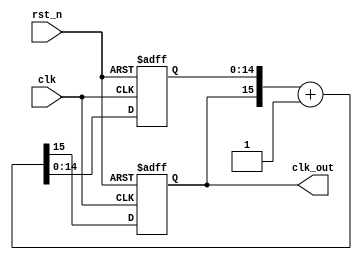
`timescale 1ns / 1ps
//////////////////////////////////////////////////////////////////////////////////
// Company: 
// Engineer: 
// 
// Design Name: 
// Module Name: freq_div
// Project Name: 
// Target Devices: 
// Tool Versions: 
// Description: 
// 
// Dependencies: 
// 
// Revision:
// Revision 0.01 - File Created
// Additional Comments:
// 
//////////////////////////////////////////////////////////////////////////////////


module freq_div(
input clk,
    input rst_n,
    output reg clk_out
    );
    reg [14:0] q;
    reg [15:0] q_next;
    
     always @*
        q_next = {clk_out, q} + 1'b1;
    always @(posedge clk or negedge rst_n)
        if(~rst_n) {clk_out, q} <=16'd0;
        else {clk_out, q} <= q_next;
    
    
endmodule